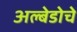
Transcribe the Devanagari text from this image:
अल्बेडोचे